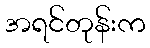
အရင်တုန်းက